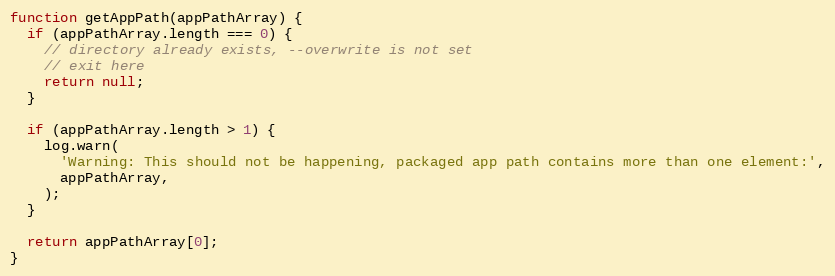
Language: JavaScript
function getAppPath(appPathArray) {
  if (appPathArray.length === 0) {
    // directory already exists, --overwrite is not set
    // exit here
    return null;
  }

  if (appPathArray.length > 1) {
    log.warn(
      'Warning: This should not be happening, packaged app path contains more than one element:',
      appPathArray,
    );
  }

  return appPathArray[0];
}